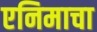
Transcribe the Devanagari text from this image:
एनिमाचा